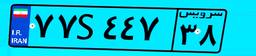
۷۷S۴۴۷۳۸